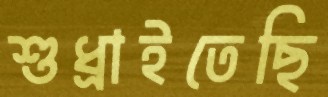
শুধ্‌রাইতেছি